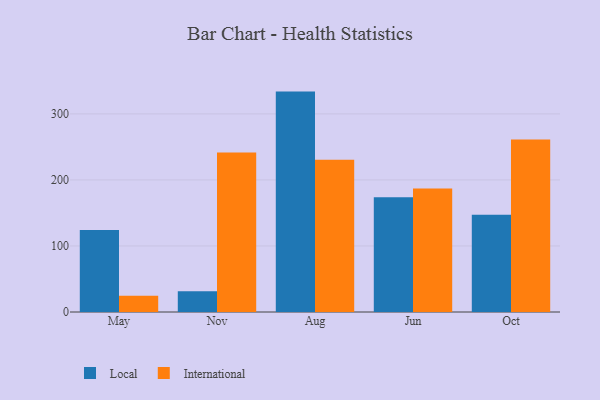
{"axis": {"x": "Month", "y": "Active Users"}, "legend": ["International", "Local"], "data": [{"x": "May", "y": 124.1, "type": "Local"}, {"x": "May", "y": 24.7, "type": "International"}, {"x": "Nov", "y": 31.6, "type": "Local"}, {"x": "Nov", "y": 241.4, "type": "International"}, {"x": "Aug", "y": 333.8, "type": "Local"}, {"x": "Aug", "y": 230.4, "type": "International"}, {"x": "Jun", "y": 173.8, "type": "Local"}, {"x": "Jun", "y": 187.1, "type": "International"}, {"x": "Oct", "y": 147.2, "type": "Local"}, {"x": "Oct", "y": 261.1, "type": "International"}]}